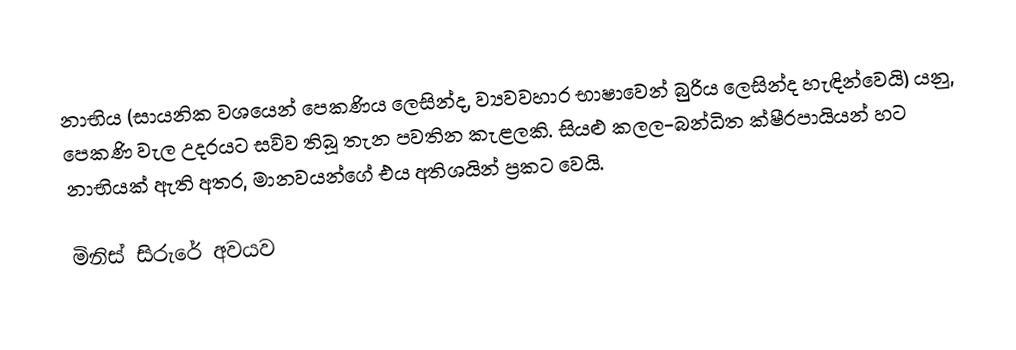
නාභිය (සායනික වශයෙන් පෙකණිය ලෙසින්ද, ව්‍යවවහාර භාෂාවෙන් බුරිය ලෙසින්ද හැඳින්වෙයි) යනු, පෙකණි වැල උදරයට සවිව තිබූ තැන පවතින කැළලකි. සියළු කලල-බන්ධිත ක්ෂීරපායියන් හට නාභියක් ඇති අතර, මානවයන්ගේ එය අතිශයින් ප්‍රකට වෙයි.

මිනිස් සිරුරේ අවයව